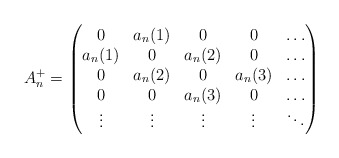
\begin{align*} A_n^+=\begin{pmatrix} 0 & a_n(1) &0& 0 &\dots\\ a_n(1) & 0 & a_n(2) &0& \dots\\ 0 & a_n(2) & 0 & a_n(3) &\dots\\ 0 &0& a_n(3) & 0 &\dots\\ \vdots &\vdots&\vdots&\vdots&\ddots \end{pmatrix} \end{align*}